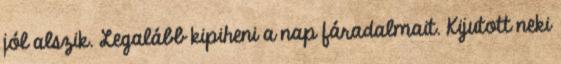
jól alszik. Legalább kipiheni a nap fáradalmait. Kijutott neki